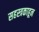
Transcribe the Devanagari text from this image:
सहस्त्रकाहून